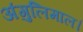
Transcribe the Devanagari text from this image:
अंगुलिमाल।